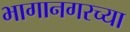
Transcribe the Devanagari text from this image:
भागानगरच्या